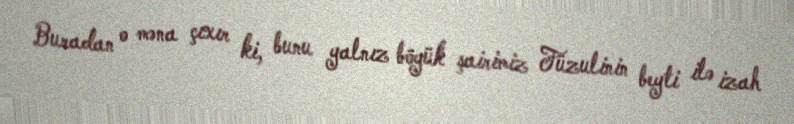
Buradan o məna çıxır ki, bunu yalnız böyük şairimiz Füzulinin beyti ilə izah